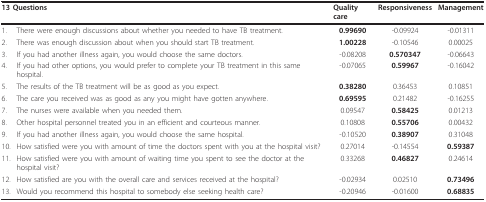
| <COLSPAN=2> 13 Questions | Quality care | Responsiveness | Management |
 | --- | --- | --- | --- | --- |
 | 1. | There were enough discussions about whether you needed to have TB treatment. | 0.99690 | -0.09924 | -0.01311 |
 | 2. | There was enough discussion about when you should start TB treatment. | 1.00228 | -0.10546 | 0.00025 |
 | 3. | If you had another illness again, you would choose the same doctors. | -0.08208 | 0.570347 | -0.06643 |
 | 4. | If you had other options, you would prefer to complete your TB treatment in this same hospital. | -0.07065 | 0.59967 | -0.16042 |
 | 5. | The results of the TB treatment will be as good as you expect. | 0.38280 | 0.36453 | 0.10851 |
 | 6. | The care you received was as good as any you might have gotten anywhere. | 0.69595 | 0.21482 | -0.16255 |
 | 7. | The nurses were available when you needed them. | 0.09547 | 0.58425 | 0.01213 |
 | 8. | Other hospital personnel treated you in an efficient and courteous manner. | 0.10808 | 0.55706 | 0.00432 |
 | 9. | If you had another illness again, you would choose the same hospital. | -0.10520 | 0.38907 | 0.31048 |
 | 10. | How satisfied were you with amount of time the doctors spent with you at the hospital visit? | 0.27014 | -0.14554 | 0.59387 |
 | 11. | How satisfied were you with amount of waiting time you spent to see the doctor at the hospital visit? | 0.33268 | 0.46827 | 0.24614 |
 | 12. | How satisfied are you with the overall care and services received at the hospital? | -0.02934 | 0.02510 | 0.73496 |
 | 13. | Would you recommend this hospital to somebody else seeking health care? | -0.20946 | -0.01600 | 0.68835 |